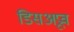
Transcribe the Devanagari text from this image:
डिसअप्रूव